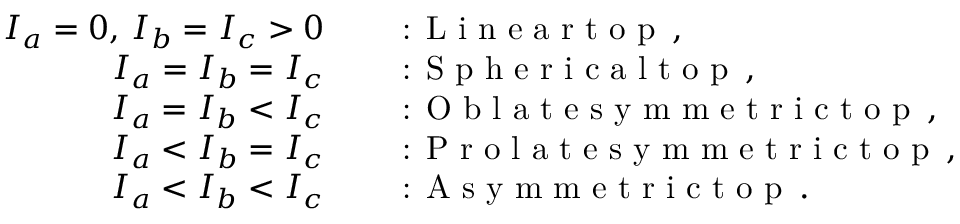
\begin{array} { r l } { I _ { a } = 0 , \, I _ { b } = I _ { c } > 0 \quad } & { \textrm { : L i n e a r t o p } \, , } \\ { I _ { a } = I _ { b } = I _ { c } \quad } & { \textrm { : S p h e r i c a l t o p } \, , } \\ { I _ { a } = I _ { b } < I _ { c } \quad } & { \textrm { : O b l a t e s y m m e t r i c t o p } \, , } \\ { I _ { a } < I _ { b } = I _ { c } \quad } & { \textrm { : P r o l a t e s y m m e t r i c t o p } \, , } \\ { I _ { a } < I _ { b } < I _ { c } \quad } & { \textrm { : A s y m m e t r i c t o p } \, . } \end{array}